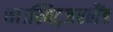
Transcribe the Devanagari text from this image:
था।स्विट्जरलैंड